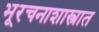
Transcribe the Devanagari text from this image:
भूरचनाशास्त्रात